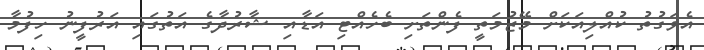
އެވަގުތު ކުއްލިއަކަށް މޭޒުމަތީ ފެންތަށި ބެހެއްޓި އަޑާއި ޝާރުދާގެ އަތުގައި އަރުފީނު ހިފުމާ